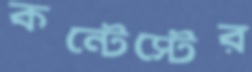
কন্টেস্টের